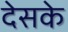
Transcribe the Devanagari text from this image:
देसके